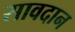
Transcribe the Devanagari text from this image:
सावदान